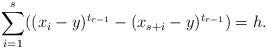
LaTeX: \begin{align*}\sum_{i=1}^s ( (x_i - y)^{t_{r-1}} - (x_{s+i} - y)^{t_{r-1}} ) = h.\end{align*}